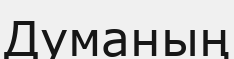
Думаның